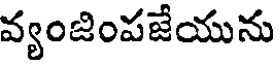
వ్యంజింపజేయును